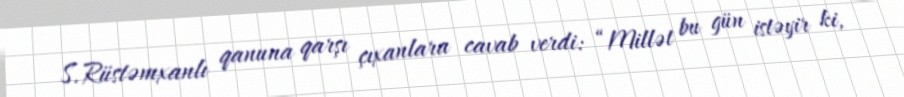
S.Rüstəmxanlı qanuna qarşı çıxanlara cavab verdi: “Millət bu gün istəyir ki,